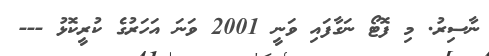
ނާސިރު. މި ފޮޓޯ ނަގާފައި ވަނީ 2001 ވަނަ އަހަރުގެ ކުރީކޮޅު ---